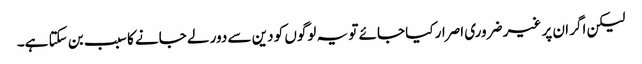
لیکن اگر ان پر غیر ضروری اصرار کیا جائے تو یہ لوگوں کو دین سے دور لے جانے کا سبب بن سکتا ہے۔